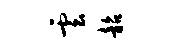
云韶